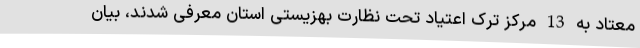
معتاد به 13 مرکز ترک اعتیاد تحت نظارت بهزیستی استان معرفی شدند، بیان